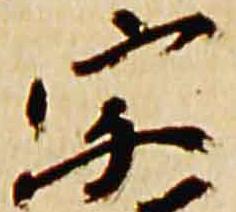
宗